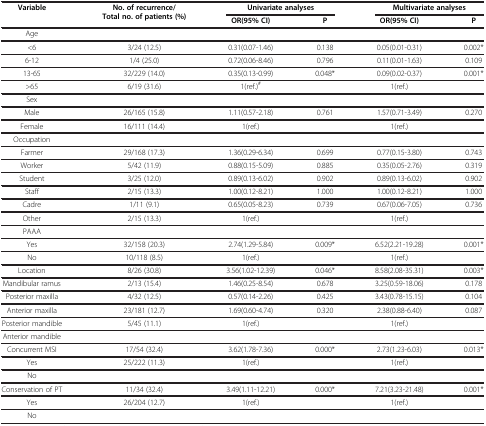
<table><thead><tr><td rowspan="2"><b>Variable</b></td><td rowspan="2"><b>No. of recurrence/Total no. of patients (%)</b></td><td colspan="2"><b>Univariate analyses</b></td><td colspan="2"><b>Multivariate analyses</b></td></tr><tr><td><b>OR(95% CI)</b></td><td><b>P</b></td><td><b>OR(95% CI)</b></td><td><b>P</b></td></tr></thead><tbody><tr><td>Age</td><td> </td><td> </td><td> </td><td> </td><td> </td></tr><tr><td>&lt;6</td><td>3/24 (12.5)</td><td>0.31(0.07-1.46)</td><td>0.138</td><td>0.05(0.01-0.31)</td><td>0.002*</td></tr><tr><td>6-12</td><td>1/4 (25.0)</td><td>0.72(0.06-8.46)</td><td>0.796</td><td>0.11(0.01-1.63)</td><td>0.109</td></tr><tr><td>13-65</td><td>32/229 (14.0)</td><td>0.35(0.13-0.99)</td><td>0.048*</td><td>0.09(0.02-0.37)</td><td>0.001*</td></tr><tr><td>&gt;65</td><td>6/19 (31.6)</td><td>1(ref.)<sup>#</sup></td><td> </td><td>1(ref.)</td><td> </td></tr><tr><td>Sex</td><td> </td><td> </td><td> </td><td> </td><td> </td></tr><tr><td>Male</td><td>26/165 (15.8)</td><td>1.11(0.57-2.18)</td><td>0.761</td><td>1.57(0.71-3.49)</td><td>0.270</td></tr><tr><td>Female</td><td>16/111 (14.4)</td><td>1(ref.)</td><td> </td><td>1(ref.)</td><td> </td></tr><tr><td>Occupation</td><td> </td><td> </td><td> </td><td> </td><td> </td></tr><tr><td>Farmer</td><td>29/168 (17.3)</td><td>1.36(0.29-6.34)</td><td>0.699</td><td>0.77(0.15-3.80)</td><td>0.743</td></tr><tr><td>Worker</td><td>5/42 (11.9)</td><td>0.88(0.15-5.09)</td><td>0.885</td><td>0.35(0.05-2.76)</td><td>0.319</td></tr><tr><td>Student</td><td>3/25 (12.0)</td><td>0.89(0.13-6.02)</td><td>0.902</td><td>0.89(0.13-6.02)</td><td>0.902</td></tr><tr><td>Staff</td><td>2/15 (13.3)</td><td>1.00(0.12-8.21)</td><td>1.000</td><td>1.00(0.12-8.21)</td><td>1.000</td></tr><tr><td>Cadre</td><td>1/11 (9.1)</td><td>0.65(0.05-8.23)</td><td>0.739</td><td>0.67(0.06-7.05)</td><td>0.736</td></tr><tr><td>Other</td><td>2/15 (13.3)</td><td>1(ref.)</td><td> </td><td>1(ref.)</td><td> </td></tr><tr><td>PAAA</td><td> </td><td> </td><td> </td><td> </td><td> </td></tr><tr><td>Yes</td><td>32/158 (20.3)</td><td>2.74(1.29-5.84)</td><td>0.009*</td><td>6.52(2.21-19.28)</td><td>0.001*</td></tr><tr><td>No</td><td>10/118 (8.5)</td><td>1(ref.)</td><td> </td><td>1(ref.)</td><td> </td></tr><tr><td>Location</td><td>8/26 (30.8)</td><td>3.56(1.02-12.39)</td><td>0.046*</td><td>8.58(2.08-35.31)</td><td>0.003*</td></tr><tr><td>Mandibular ramus</td><td>2/13 (15.4)</td><td>1.46(0.25-8.54)</td><td>0.678</td><td>3.25(0.59-18.06)</td><td>0.178</td></tr><tr><td>Posterior maxilla</td><td>4/32 (12.5)</td><td>0.57(0.14-2.26)</td><td>0.425</td><td>3.43(0.78-15.15)</td><td>0.104</td></tr><tr><td>Anterior maxilla</td><td>23/181 (12.7)</td><td>1.69(0.60-4.74)</td><td>0.320</td><td>2.38(0.88-6.40)</td><td>0.087</td></tr><tr><td>Posterior mandible</td><td>5/45 (11.1)</td><td>1(ref.)</td><td> </td><td>1(ref.)</td><td> </td></tr><tr><td>Anterior mandible</td><td> </td><td> </td><td> </td><td> </td><td> </td></tr><tr><td>Concurrent MSI</td><td>17/54 (32.4)</td><td>3.62(1.78-7.36)</td><td>0.000*</td><td>2.73(1.23-6.03)</td><td>0.013*</td></tr><tr><td>Yes</td><td>25/222 (11.3)</td><td>1(ref.)</td><td> </td><td>1(ref.)</td><td> </td></tr><tr><td>No</td><td> </td><td> </td><td> </td><td> </td><td> </td></tr><tr><td>Conservation of PT</td><td>11/34 (32.4)</td><td>3.49(1.11-12.21)</td><td>0.000*</td><td>7.21(3.23-21.48)</td><td>0.001*</td></tr><tr><td>Yes</td><td>26/204 (12.7)</td><td>1(ref.)</td><td> </td><td>1(ref.)</td><td> </td></tr><tr><td>No</td><td> </td><td> </td><td> </td><td> </td><td> </td></tr></tbody></table>